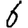
Digit: 6